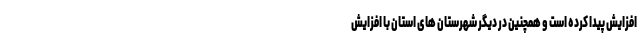
افزایش پیدا کرده است و همچنین در دیگر شهرستان های استان با افزایش